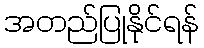
အတည်ပြုနိုင်ရန်